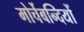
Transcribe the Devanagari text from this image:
मोर्चेबन्दियों